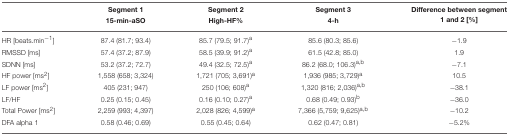
|  | Segment 1 15-min-aSO | Segment 2 High-HF% | Segment 3 4-h | Difference between segment 1 and 2 [%] |
 | --- | --- | --- | --- | --- |
 | HR [beats.min−1] | 87.4 (81.7; 93.4) | 85.7 (79.5; 91.7)a | 85.6 (80.3; 85.6) | −1.9 |
 | RMSSD [ms] | 57.4 (37.2; 87.9) | 58.5 (39.9; 91.2)a | 61.5 (42.8; 85.0) | 1.9 |
 | SDNN [ms] | 53.2 (37.2; 72.7) | 49.4 (32.5; 72.5)a | 86.2 (68.0; 106.3)a,b | −7.1 |
 | HF power [ms2] | 1,558 (658; 3,324) | 1,721 (705; 3,691)a | 1,936 (985; 3,729)a | 10.5 |
 | LF power [ms2] | 405 (231; 947) | 250 (106; 608)a | 1,320 (816; 2,036)a,b | −38.1 |
 | LF/HF | 0.25 (0.15; 0.45) | 0.16 (0.10; 0.27)a | 0.68 (0.49; 0.93)b | −36.0 |
 | Total Power [ms2] | 2,259 (993; 4,397) | 2,028 (826; 4,599)a | 7,366 (5,759; 9,625)a,b | −10.2 |
 | DFA alpha 1 | 0.58 (0.46; 0.69) | 0.55 (0.45; 0.64) | 0.62 (0.47; 0.81) | −5.2% |